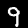
Digit: 9